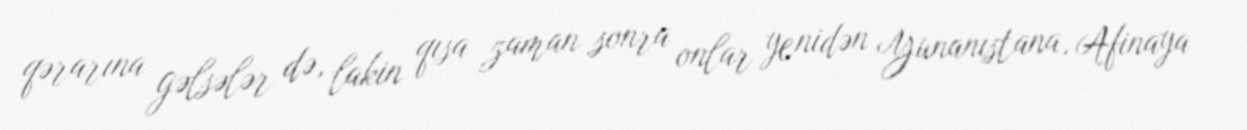
qərarına gəlsələr də, lakin qısa zaman sonra onlar yenidən Yunanıstana, Afinaya